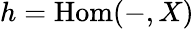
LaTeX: h=\operatorname{Hom}(-,X)